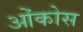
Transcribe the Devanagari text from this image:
ओंकोस